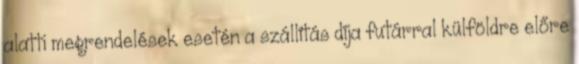
alatti megrendelések esetén a szállítás díja futárral külföldre előre